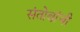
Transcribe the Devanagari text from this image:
संतोबांची